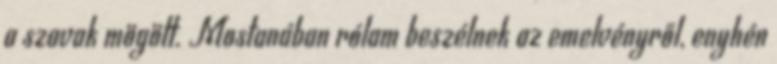
a szavak mögött. Mostanában rólam beszélnek az emelvényről, enyhén